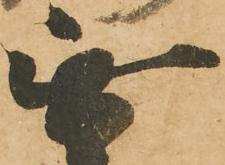
無